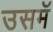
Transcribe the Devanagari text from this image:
उसमॅ